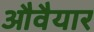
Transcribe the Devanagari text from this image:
औवैयार